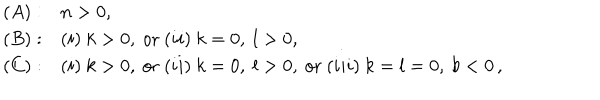
LaTeX: \begin{array} { l l } { { ( A ) : } } & { { n > 0 , } } \\ { { ( B ) : } } & { { ( i ) \ k > 0 , \ \mathrm { o r } \ ( i i ) \ k = 0 , \ l > 0 , } } \\ { { ( C ) : } } & { { ( i ) \ k > 0 , \ \mathrm { o r } \ ( i i ) \ k = 0 , \ l > 0 , \ \mathrm { o r } \ ( i i i ) \ k = l = 0 , \ b < 0 \, , } } \\ \end{array}